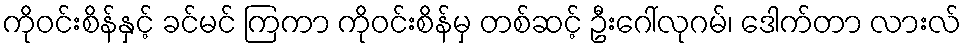
ကိုဝင်းစိန်နှင့် ခင်မင် ကြကာ ကိုဝင်းစိန်မှ တစ်ဆင့် ဦးဂေါ်လုဂမ်၊ ဒေါက်တာ လားလ်